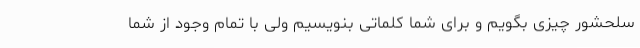
سلحشور چیزی بگویم و برای شما کلماتی بنویسیم ولی با تمام وجود از شما